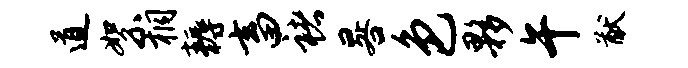
道絮桐耨畜褚晷色夥午猷